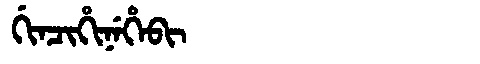
Manchu: ᡤᡳᠨᠴᡳᡥᡳᠨᡝᡥᡝᠪᡳ
Romanization: GINCIHINEHEBI